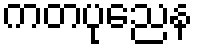
ကတပုညေန